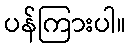
ပန်ကြားပါ။